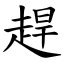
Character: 趕